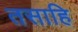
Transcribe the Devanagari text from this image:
तसाहि